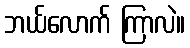
ဘယ်လောက် ကြာလဲ။